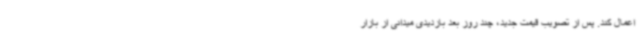
اعمال کند. پس از تصویب قیمت جدید، چند روز بعد بازدیدی میدانی از بازار